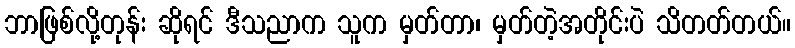
ဘာဖြစ်လို့တုန်း ဆိုရင် ဒီသညာက သူက မှတ်တာ၊ မှတ်တဲ့အတိုင်းပဲ သိတတ်တယ်။